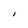
Character: I